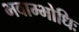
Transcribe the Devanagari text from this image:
भवाम्भोधिः